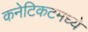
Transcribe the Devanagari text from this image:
कनेटिकटमध्ये